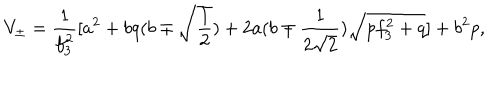
V _ { \pm } = \frac { 1 } { f _ { 3 } ^ { 2 } } \lbrack a ^ { 2 } + b q ( b \mp \sqrt { \frac 1 2 } ) + 2 a ( b \mp \frac { 1 } { 2 \sqrt { 2 } } ) \sqrt { p f _ { 3 } ^ { 2 } + q } \rbrack + b ^ { 2 } p ,